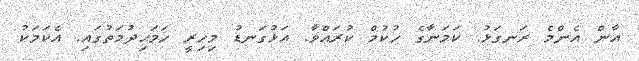
އާން އެންމެ ރަނގަޅު. ކަމަނާގެ ހުކުމް ކުރައްވާ. އަޅުގަނޑު މިހިރީ ހަމަޙިދުމަތުގައި. އެކަމަކު